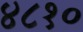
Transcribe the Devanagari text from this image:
४८१०